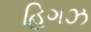
હિગઝ